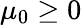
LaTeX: \mu_{0}\geq 0